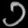
Digit: ၁